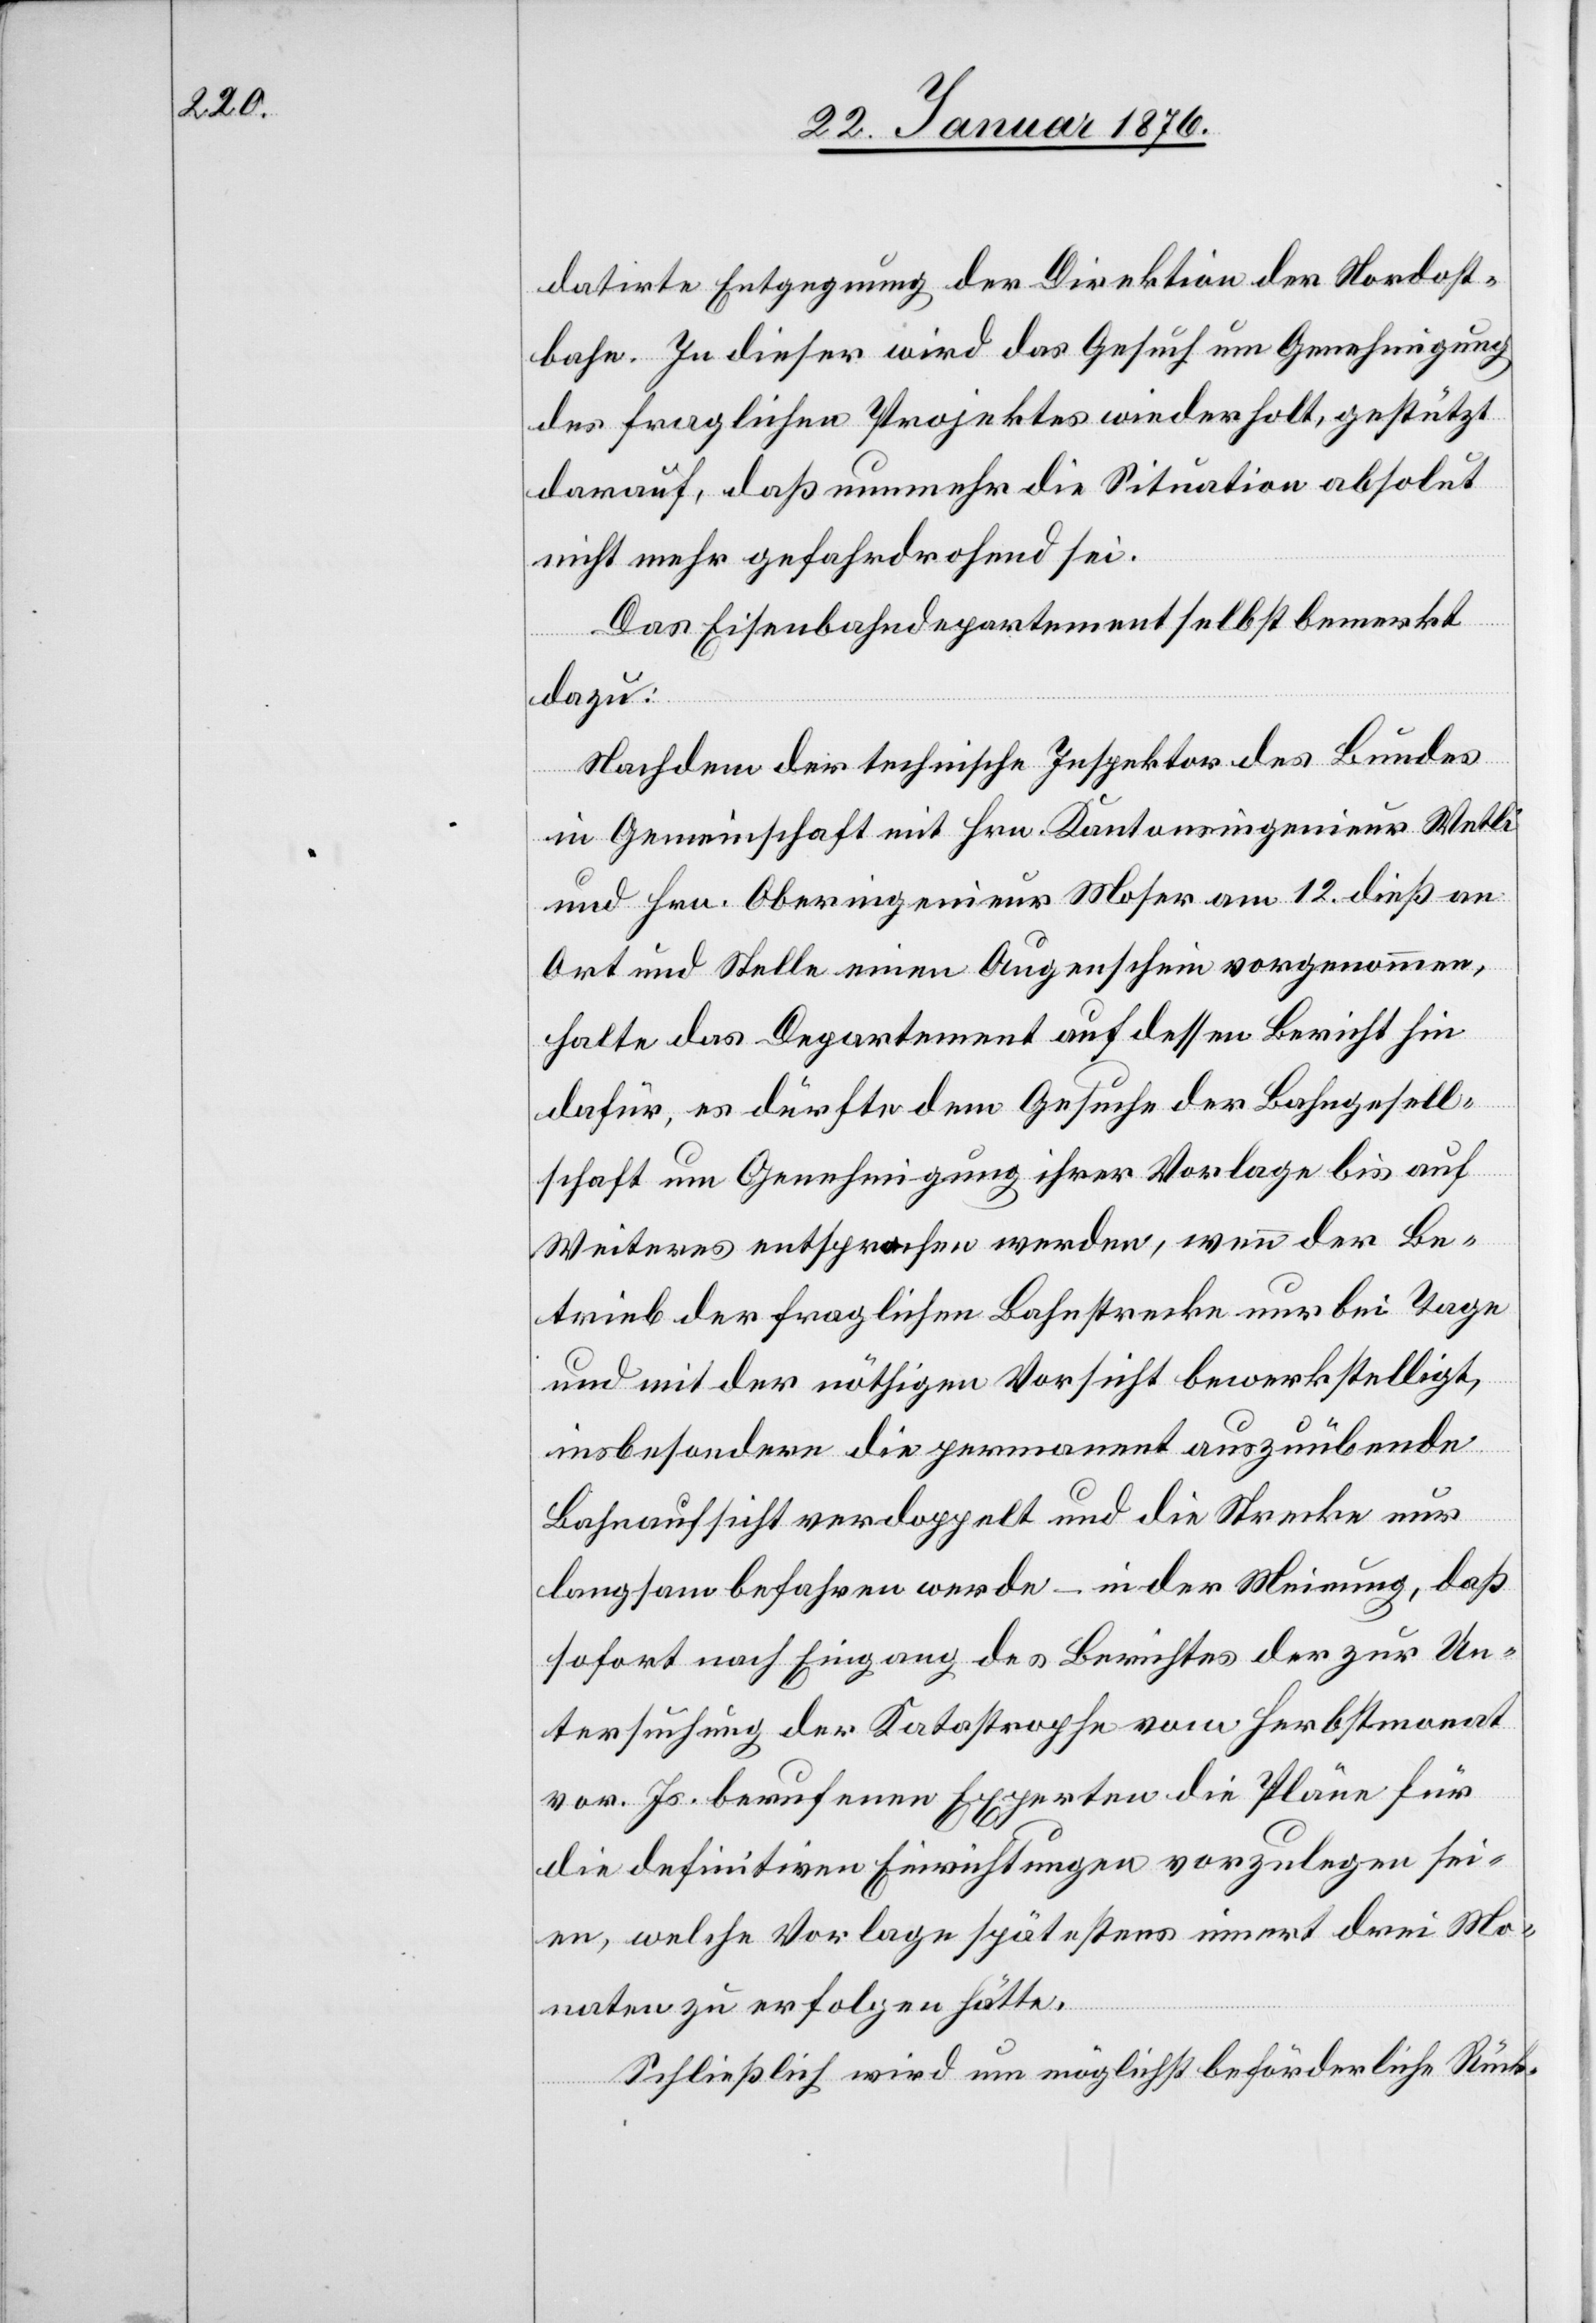
datirte Entgegnung der Direktion der Nordost¬
bahn. In dieser wird das Gesuch um Genehmigung
des fraglichen Projektes wiederholt, gestützt
darauf, daß nunmehr die Situation absolut
nicht mehr gefahrdrohend sei.
Das Eisenbahndepartement selbst bemerkt
dazu:
Nachdem der technische Inspektor des Bundes
in Gemeinschaft mit Hrn. Kantonsingenieur Welti
und Hrn. Oberingenieur Moser am 12. dieß an
Ort und Stelle einen Augenschein vorgenommen,
halte das Departement auf dessen Bericht hin
dafür, es dürfte dem Gesuche der Bahngesell¬
schaft um Genehmigung ihrer Vorlage bis auf
Weiteres entsprochen werden, wenn der Be¬
trieb der fraglichen Bahnstrecke nur bei Tage
und mit der nöthigen Vorsicht bewerkstelligt,
insbesondere die permanent auszuübende
Bahnaufsicht verdoppelt und die Strecke nur
langsam befahren werde – in der Meinung, daß
sofort nach Eingang des Berichtes der zur Un¬
tersuchung der Katastrophe vom Herbstmonat
vor. Js. berufenen Experten die Pläne für
die definitiven Einrichtungen vorzulegen sei¬
en, welche Vorlage spätestens innert drei Mo¬
naten zu erfolgen hätte.
Schließlich wird um möglichst beförderliche Rück-